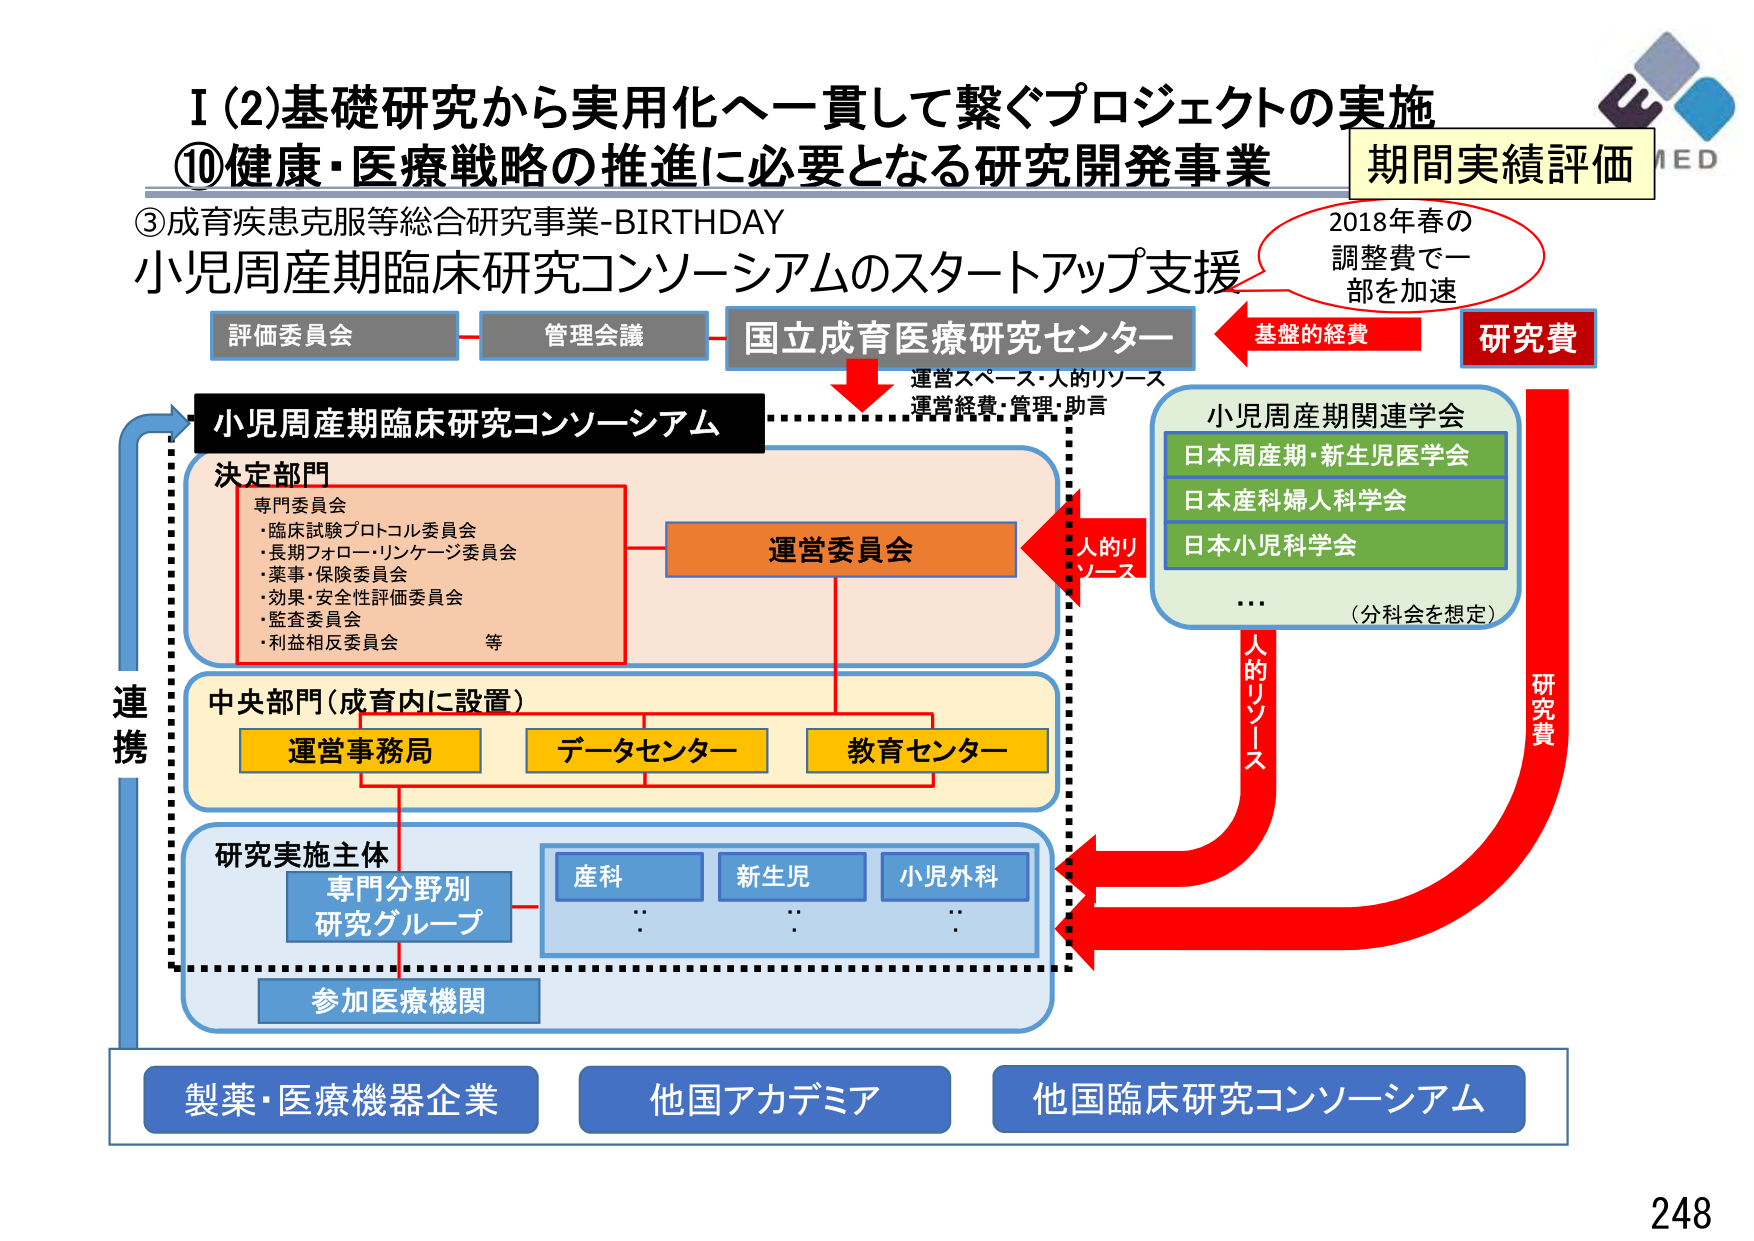
I (2) 基礎研究から実用化へ一貫して繋ぐプロジェクトの実施
⑩ 健康・医療戦略の推進に必要となる研究開発事業
③ 成育疾患克服等総合研究事業-BIRTHDAY
小児周産期臨床研究コンソーシアムのスタートアップ支援

評価委員会
管理会議
国立成育医療研究センター
運営スペース・人的リソース
運営経費・管理・助言

期間実績評価
2018年春の
調整費で一部を加速
基盤的経費
研究費

小児周産期臨床研究コンソーシアム

決定部門
専門委員会
・臨床試験プロトコル委員会
・長期フォロー・リンケージ委員会
・薬事・保険委員会
・効果・安全性評価委員会
・監査委員会
・利益相反委員会　等

運営委員会

中央部門（成育内に設置）
運営事務局
データセンター
教育センター

研究実施主体
専門分野別
研究グループ
産科
新生児
小児外科
…
…
…
参加医療機関

小児周産期関連学会
日本周産期・新生児医学会
日本産科婦人科学会
日本小児科学会
…
（分科会を想定）

連携
人的リソース
研究費

製薬・医療機器企業
他国アカデミア
他国臨床研究コンソーシアム

248